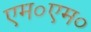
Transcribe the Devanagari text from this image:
एम०एम०